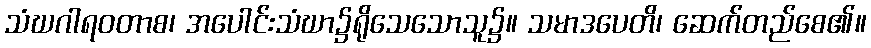
သံဃဂါရဝတာစ၊ အပေါင်းသံဃာ၌ရိုသေသောသူ၌။ သမာဒပေတိ၊ ဆေက်တည်စေ၏။